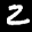
Label: 2